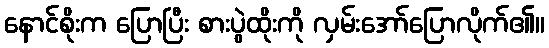
နောင်စိုးက ပြောပြီး စားပွဲထိုးကို လှမ်းအော်ပြောလိုက်၏။